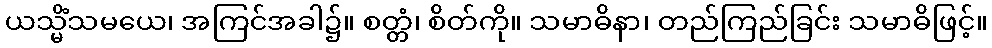
ယသ္မိံသမယေ၊ အကြင်အခါ၌။ စတ္တံ၊ စိတ်ကို။ သမာဓိနာ၊ တည်ကြည်ခြင်း သမာဓိဖြင့်။